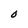
Character: 0